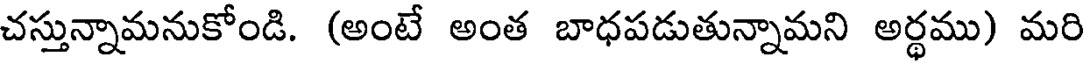
చస్తున్నామనుకోండి. (అంటే అంత బాధపడుతున్నామని అర్థము) మరి